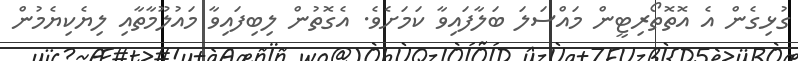
ގުޅިގެން އެ އޮތޮތޯރިޓީން މައްސަލަ ބަލާފައިވާ ކަމަށެވެ. އެގޮތުން ލިބިފައިވާ މައުލޫމާތާއި ލިޔެކިޔެމުން